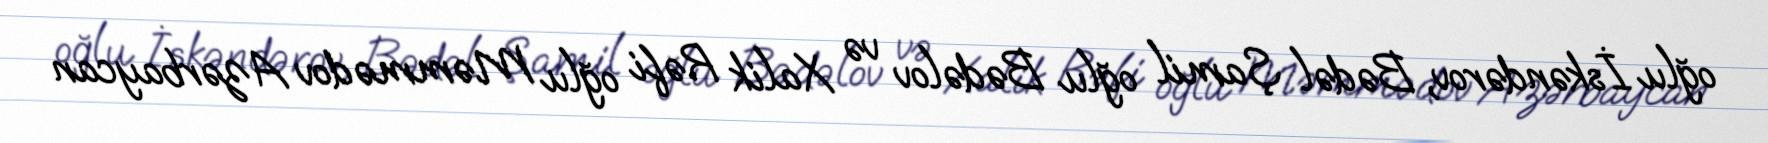
oğlu İskəndərov, Bədəl Şamil oğlu Bədəlov və Xalik Rəfi oğlu Məmmədov Azərbaycan